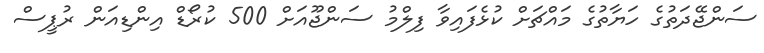
ސަންޖޭދަތުގެ ހަޔާތުގެ މައްޗަށް ކުޅެފައިވާ ފިލްމު ސަންޖޫއަށް 500 ކުރޯޑް އިންޑިއަން ރުޕީސް